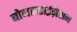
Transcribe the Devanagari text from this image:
बोव्दलराईज़ेशन